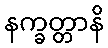
နက္ခတ္တာနိ